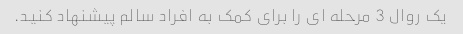
یک روال 3 مرحله ای را برای کمک به افراد سالم پیشنهاد کنید.